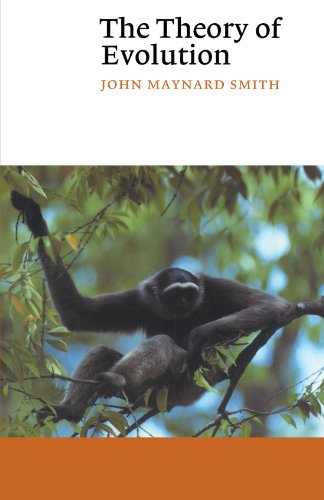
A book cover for The Theory of Evolution (Canto); John Maynard Smith; Science & Math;